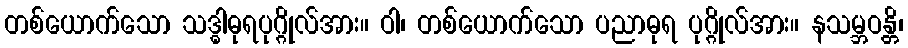
တစ်ယောက်သော သဒ္ဓါဓုရပုဂ္ဂိုလ်အား။ ဝါ၊ တစ်ယောက်သော ပညာဓုရ ပုဂ္ဂိုလ်အား။ နသမ္ဘဝန္တိ၊